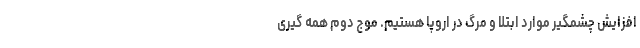
افزایش چشمگیر موارد ابتلا و مرگ در اروپا هستیم. موج دوم همه گیری